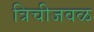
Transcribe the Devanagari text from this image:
त्रिचीजवळ